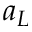
a _ { L }